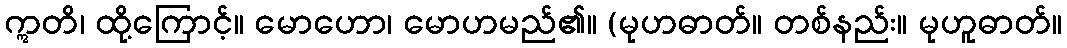
ဣတိ၊ ထို့ကြောင့်။ မောဟော၊ မောဟမည်၏။ (မုဟဓာတ်။ တစ်နည်း။ မုဟူဓာတ်။